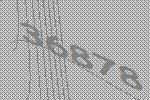
36878